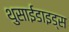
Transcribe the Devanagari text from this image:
थुसाईडाइड्स